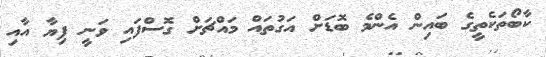
ކާބޯތަކެތީގެ ބައިން އެންމެ ބޮޑަށް އަގުތައް މައްޗަށް ގޮސްފައި ވަނީ ފިޔާ އާއި